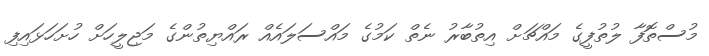
މުސްތޮފާ ލުތުފީގެ މައްޗަށް އިތުބާރު ނެތް ކަމުގެ މައްސަލައެއް ރައްޔިތުންގެ މަޖިލީހަށް ހުށަހަޅައިފި